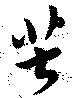
苦